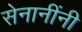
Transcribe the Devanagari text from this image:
सेनानींनी